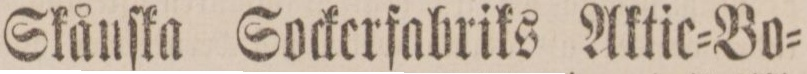
Skånſka Sockerfabriks Aktic=Bo=